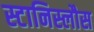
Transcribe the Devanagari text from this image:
स्टानिस्लौस